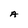
Character: A